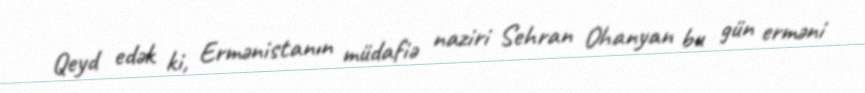
Qeyd edək ki, Ermənistanın müdafiə naziri Sehran Ohanyan bu gün erməni